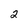
Character: 2